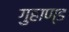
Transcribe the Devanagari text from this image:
गुहाण्ड